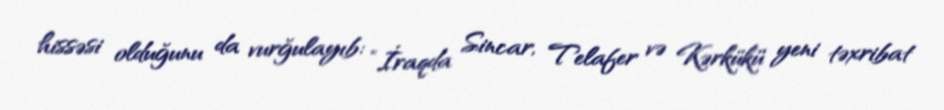
hissəsi olduğunu da vurğulayıb: “İraqda Sincar, Telafer və Kərkükü yeni təxribat